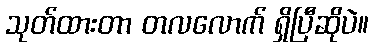
သုတ်ထားတာ တလလောက် ရှိပြီဆိုပဲ။